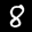
Label: 8